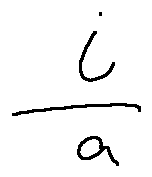
\frac { i } { a }